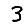
Digit: 3